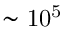
\sim \mathrm { 1 0 ^ { 5 } }